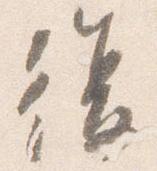
復